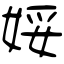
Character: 娞